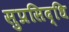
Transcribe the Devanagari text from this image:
सुप्रसिद्धि